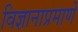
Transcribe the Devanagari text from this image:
विज्ञानाप्रमाणे